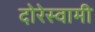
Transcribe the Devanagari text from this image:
दोरेस्वामी